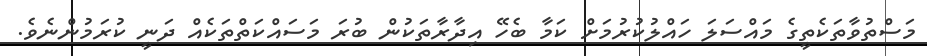
މަސްތުވާތަކެތީގެ މައްސަލަ ހައްލުކުރުމަށް ކަމާ ބެހޭ އިދާރާތަކުން ބުރަ މަސައްކަތްތަކެއް ދަނީ ކުރަމުންނެވެ.